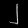
Digit: ၂